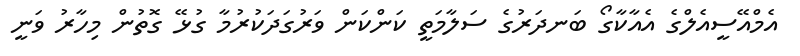
އެމްއޭސީއެލްގެ އެއާކާގޯ ބަނދަރުގެ ސަލާމަތީ ކަންކަން ވަރުގަދަކުރުމާ ގުޅޭ ގޮތުން މިހާރު ވަނީ